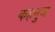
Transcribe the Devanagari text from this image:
कहनुज